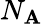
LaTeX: N_{\mathbf{A}}